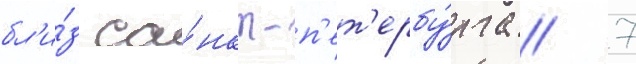
бл'и́з са́нкт-п'ет'ербу́рга / 7